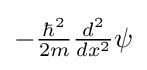
{\textstyle -{\frac {\hbar ^{2}}{2m}}{\frac {d^{2}}{dx^{2}}}\psi }